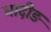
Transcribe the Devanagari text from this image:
धादीङ